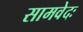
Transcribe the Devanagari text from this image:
सामवेदः